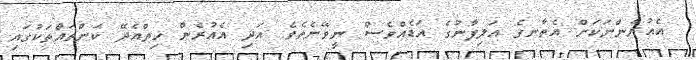
އެއުރެންނަކަށް އެތާނގެ އަލިފާނުގެ އަޑެއްވެސް ނީވޭނެތެވެ. އަދި އެއުރެން ހިތްއެދޭ ކަންތައްތަކުގައި